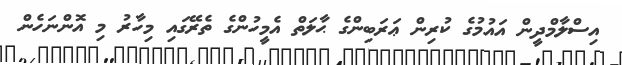
އިސްލާމްދީން އައުމުގެ ކުރިން ޢަރަބިންގެ ޙާލަތް އެމީހުންގެ ތެރޭގައި މިހާރު މި އޮންނަހެން